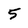
Character: 5